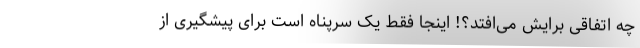
چه اتفاقی برایش می‌افتد؟! اینجا فقط یک سرپناه است برای پیشگیری از